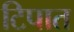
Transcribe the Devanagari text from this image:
टिपात